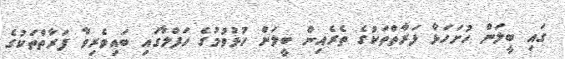
ގައި ބީލަން ހުށަހަޅާ ފަރާތްތަކުގެ ތެރެއިން ބީލަން ހުޅުވުމުގެ ހަފްލާގައި ބައިވެރިވާ ފަރާތްތަކުގެ